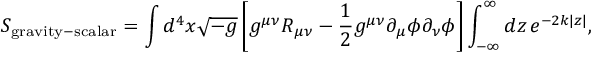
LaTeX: S _ { \mathrm { g r a v i t y - s c a l a r } } = \int d ^ { 4 } { x } \sqrt { - g } \left[ g ^ { \mu \nu } R _ { \mu \nu } - \frac { 1 } { 2 } g ^ { \mu \nu } \partial _ { \mu } \phi \partial _ { \nu } \phi \right] \int _ { - \infty } ^ { \infty } d z \, e ^ { - 2 k | z | } ,